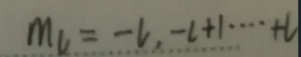
\[
m_l=-l,-l + 1,\cdots,+l
\]